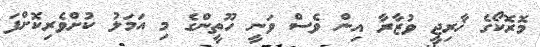
މޮރޮކޯގެ ޚާރިޖީ ވުޒާރާ އިން ވެސް ވަނީ ހޫތީންގެ މި އަމަލު ކުށްވެރިކޮށްފަ